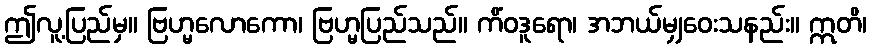
ဤလူ့ပြည်မှ။ ဗြဟ္မလောကော၊ ဗြဟ္မပြည်သည်။ ကိံဝဒူရော၊ အဘယ်မျှဝေးသနည်း။ ဣတိ၊